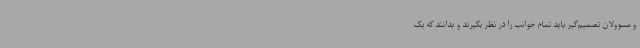
و مسوولان تصمیم‌گیر باید تمام جوانب را در نظر بگیرند و بدانند که یک